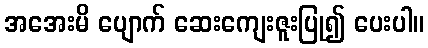
အအေးမိ ပျောက် ဆေးကျေးဇူးပြု၍ ပေးပါ။